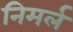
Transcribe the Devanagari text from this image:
निमर्ल